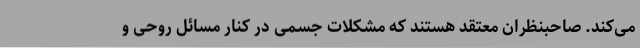
می‌کند. صاحبنظران معتقد هستند که مشکلات جسمی در کنار مسائل روحی و